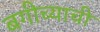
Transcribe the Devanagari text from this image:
बगीच्याची